Eesti_Rahvusfond, lk 27
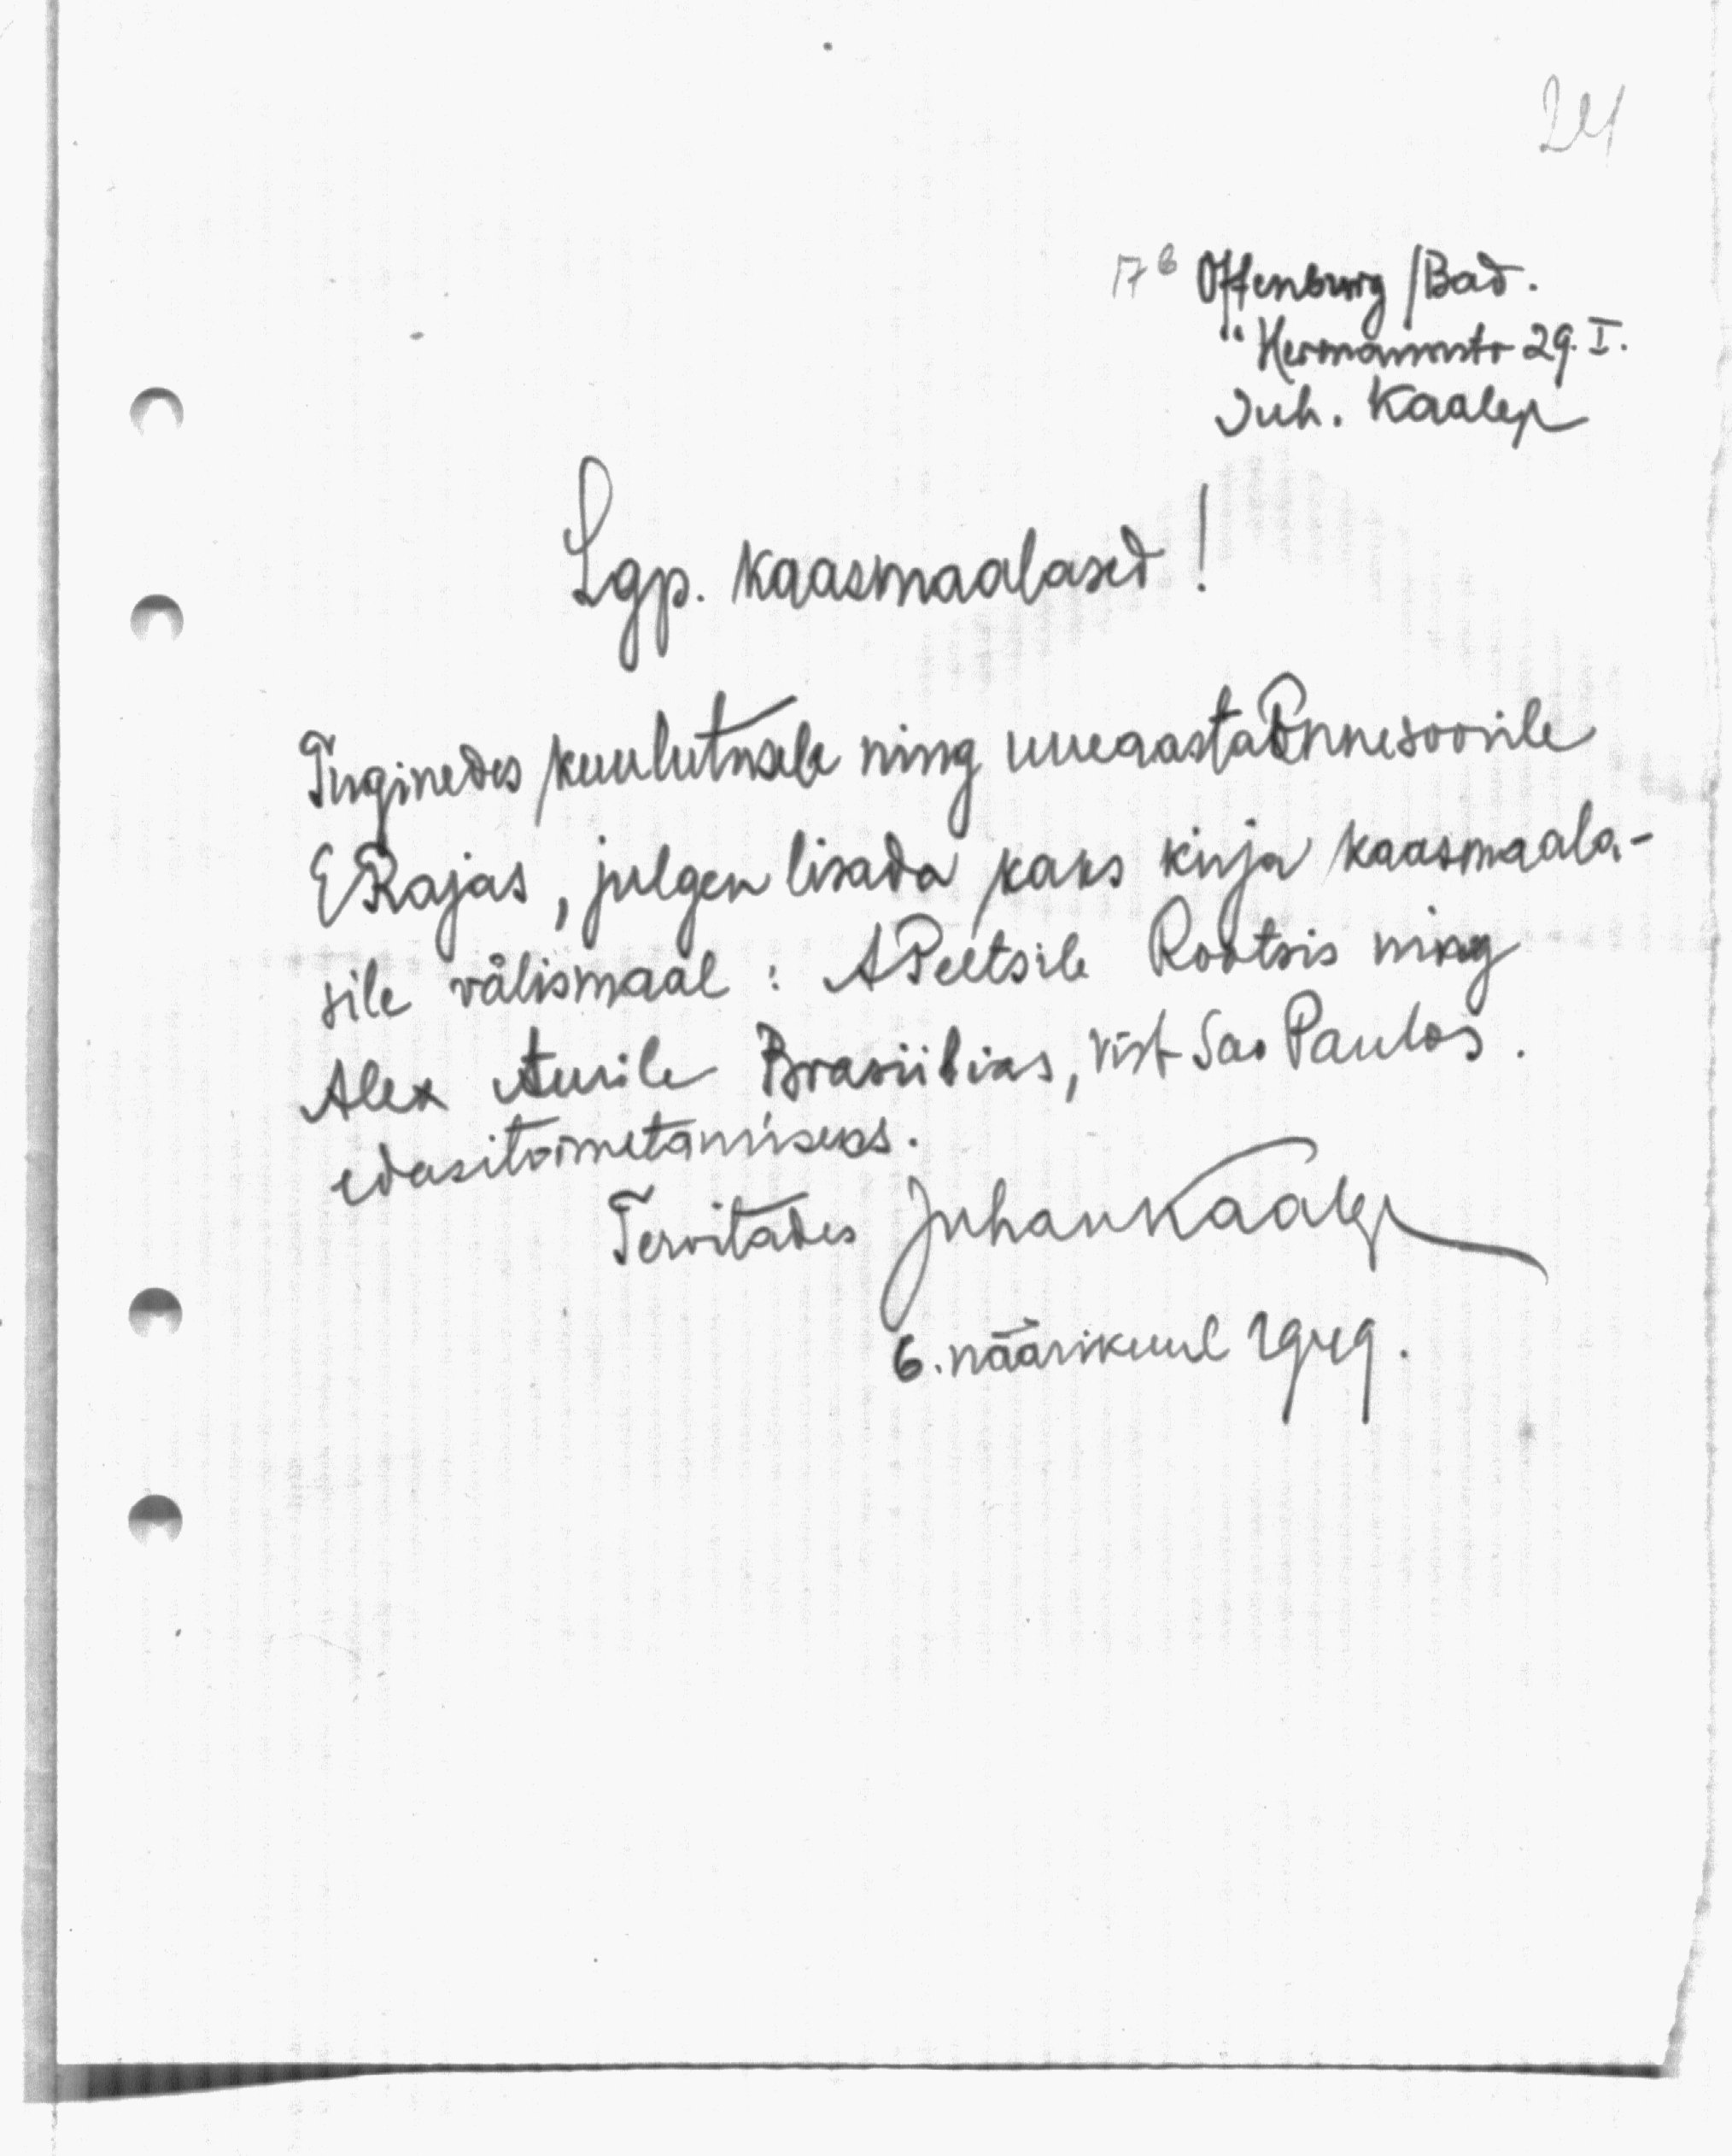
17b Offenburg / Bad.
Hermannstr 29. I.
Juh. Kaalep

Lgp. kaasmaalased!
Tuginedes kuulutusele ning uueaastaõnnesoovile
ERrajas, julgen lisada kaks kirja kaasmaala-
sile välismaal: APeetsile Rootsis ning
Alex Aurile Brasiiliks, vist Sao Paulos.
edasitoimetamiseks.
Tervitades JuhanKaalep
6. näärikuul 1949.